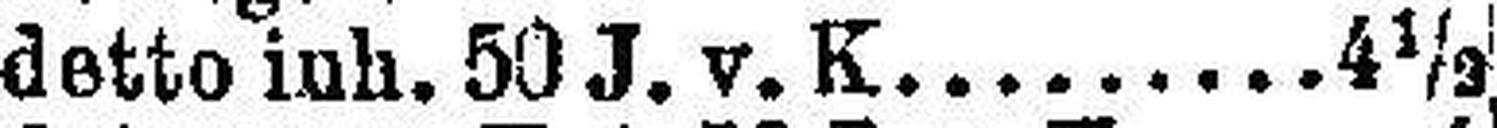
detto inh. 50 J. v. K. 4½